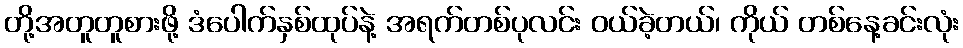
တို့အတူတူစားဖို့ ဒံပေါက်နှစ်ထုပ်နဲ့ အရက်တစ်ပုလင်း ဝယ်ခဲ့တယ်၊ ကိုယ် တစ်နေ့ခင်းလုံး